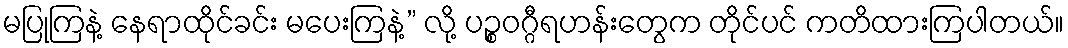
မပြုကြနဲ့ နေရာထိုင်ခင်း မပေးကြနဲ့” လို့ ပဉ္စဝဂ္ဂီရဟန်းတွေက တိုင်ပင် ကတိထားကြပါတယ်။